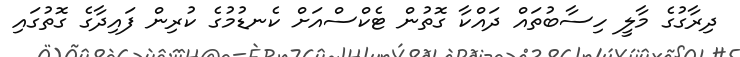
ދިރާގުގެ މާލީ ހިސާބުތައް ދައްކާ ގޮތުން ޓެކްސްއަށް ކެނޑުމުގެ ކުރިން ފައިދާގެ ގޮތުގައި